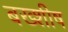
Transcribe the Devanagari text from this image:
बख्शीष